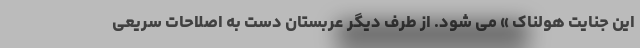
این جنایت هولناک » می شود. از طرف دیگر عربستان دست به اصلاحات سریعی